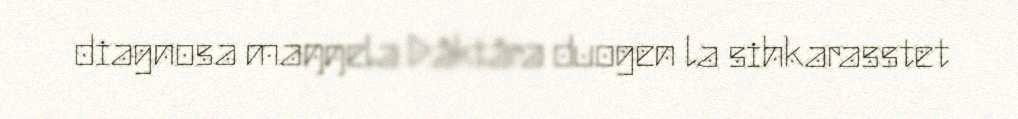
diagnosa maŋŋela Dåktåra duogen la sihkarasstet